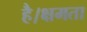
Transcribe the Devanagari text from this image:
है।क्षमता